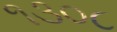
૧૩૦૮